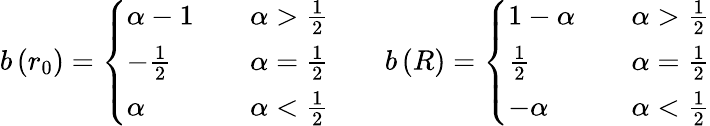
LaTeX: b\left(r_{0}\right)=\left\{ \begin{array}{ll}{{\alpha-1}}&{{\quad\alpha>\frac{1}{2}}}\\ {{-\frac{1}{2}}}&{{\quad\alpha=\frac{1}{2}}}\\ {{\alpha}}&{{\quad\alpha<\frac{1}{2}}}\end{array}\right.\qquad b\left(R\right)=\left\{ \begin{array}{ll}{{1-\alpha}}&{{\quad\alpha>\frac{1}{2}}}\\ {{\frac{1}{2}}}&{{\quad\alpha=\frac{1}{2}}}\\ {{-\alpha}}&{{\quad\alpha<\frac{1}{2}}}\end{array}\right.